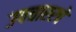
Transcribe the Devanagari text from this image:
उपचाररचे